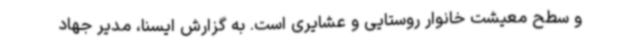
و سطح معیشت خانوار روستایی و عشایری است. به گزارش ایسنا، مدیر جهاد